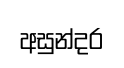
අසුන්දර